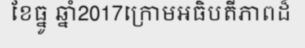
ខែធ្នូ ឆ្នាំ2017ក្រោមអធិបតីភាពដ៏